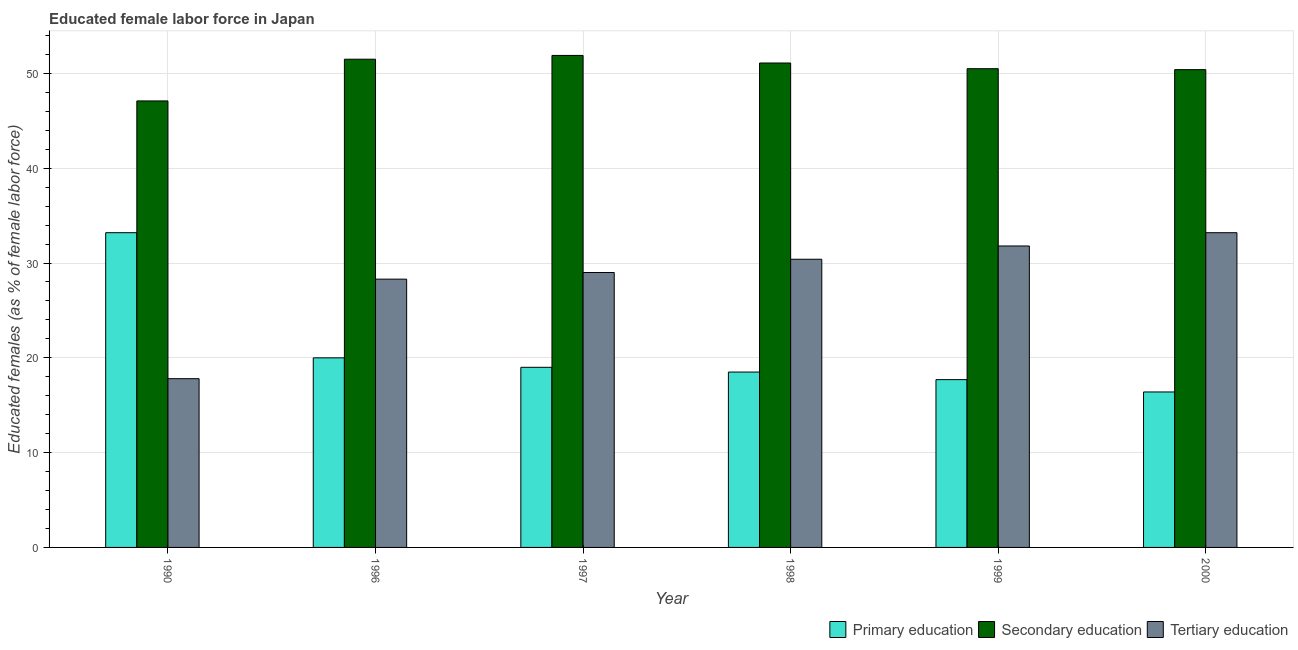
| Year | Primary education | Secondary education | Tertiary education |
 | --- | --- | --- | --- |
 | 1990 | 33.2 | 47.1 | 17.8 |
 | 1996 | 20 | 51.5 | 28.3 |
 | 1997 | 19 | 51.9 | 29 |
 | 1998 | 18.5 | 51.1 | 30.4 |
 | 1999 | 17.7 | 50.5 | 31.8 |
 | 2000 | 16.4 | 50.4 | 33.2 |